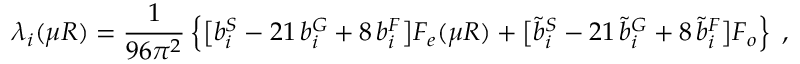
\lambda _ { i } ( \mu R ) = \frac { 1 } { 9 6 \pi ^ { 2 } } \left\{ \big [ b _ { i } ^ { S } - 2 1 \, b _ { i } ^ { G } + 8 \, b _ { i } ^ { F } \big ] F _ { e } ( \mu R ) + \big [ \tilde { b } _ { i } ^ { S } - 2 1 \, \tilde { b } _ { i } ^ { G } + 8 \, \tilde { b } _ { i } ^ { F } \big ] F _ { o } \right\} \; ,